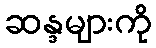
ဆန္ဒများကို